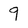
Character: 9